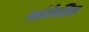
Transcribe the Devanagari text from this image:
सांकेतित